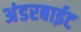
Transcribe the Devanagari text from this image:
अंडरबाईट